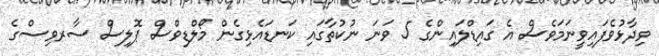
ވިދާޅުވެފައިވީނަމަވެސް އެ ގައިޑްލައިންގެ 5 ވަނަ ނުކުތާގައި ކަނޑައެޅިގެން މޯލްޑިވްސް ޕޮލިސް ސާރވިސްގެ